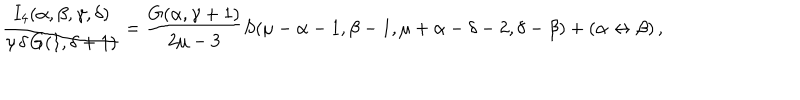
LaTeX: \frac { I _ { 4 } ( \alpha , \beta , \gamma , \delta ) } { \gamma \, \delta \, G ( 1 , \delta + 1 ) } = \frac { G ( \alpha , \gamma + 1 ) } { 2 \mu - 3 } S ( \mu - \alpha - 1 , \beta - 1 , \mu + \alpha - \delta - 2 , \delta - \beta ) + ( \alpha \leftrightarrow \beta ) \, ,